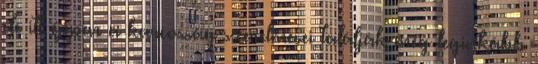
de itt éppen a karcosság szerelmesei találják meg leginkább